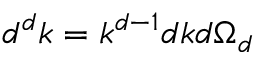
d ^ { d } k = k ^ { d - 1 } d k d \Omega _ { d }